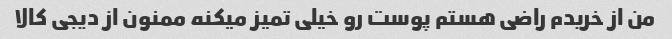
من از خریدم راضی هستم پوست رو خیلی تمیز میکنه ممنون از دیجی کالا